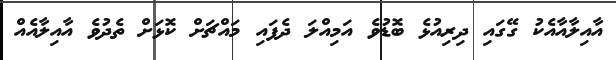
އާއިލާއާއެކު ގޭގައި ދިރިއުޅެ ބޮޑުވެ އަމިއްލަ ދެފައި މައްޗަށް ކޮޅަށް ތެދުވެ އާއިލާއެއް